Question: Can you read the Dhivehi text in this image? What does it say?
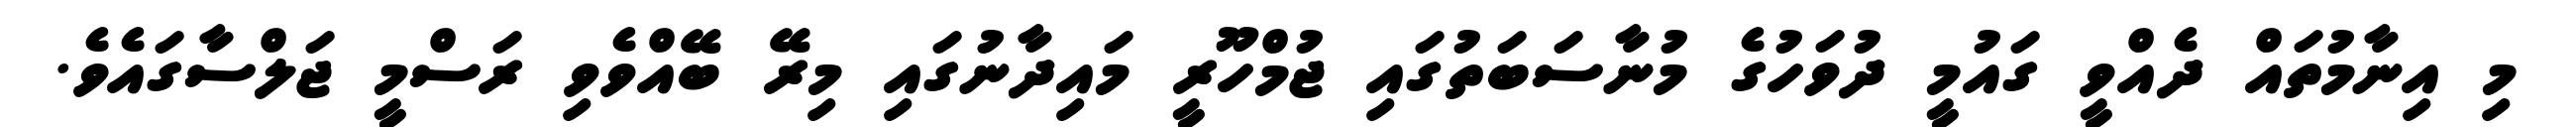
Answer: މި އިނާމުތައް ދެއްވީ ގައުމީ ދުވަހުގެ މުނާސަބަތުގައި ޖުމްހޫރީ މައިދާނުގައި މިރޭ ބޭއްވެވި ރަސްމީ ޖަލްސާގައެވެ.